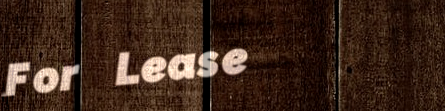
For Lease